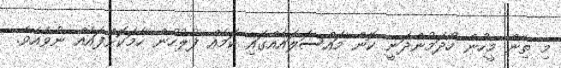
މި ތިން މީހުން ހޯދަމުންދަނީ ކޮން މައްސަލައެއްގައި ކަމެއް ފުލުހުން ހާމަކޮށްފައެއް ނުވެއެވެ.